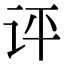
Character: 评